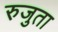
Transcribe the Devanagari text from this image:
रुजुता